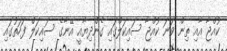
ކުއްޖާ އާއި ތިން ވަނަ ކުއްޖާ ސައިކަލްގައި ގެންދިޔާއީ އޭނާގެ ސައިކަލް ފަހަތުގައި